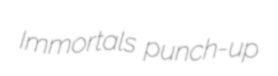
Immortals punch-up